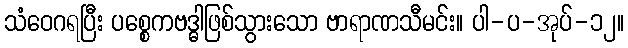
သံဝေဂရပြီး ပစ္စေကဗဒ္ဓါဖြစ်သွားသော ဗာရာဏသီမင်း။ ပါ-ပ-အုပ်-၁၂။